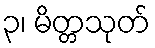
၃၊ မိတ္တသုတ်